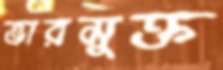
ভারমুক্ত